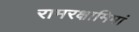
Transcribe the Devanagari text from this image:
रामरक्षामिमां